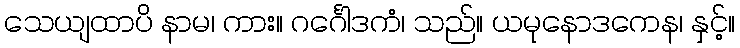
သေယျထာပိ နာမ၊ ကား။ ဂင်္ဂေါဒကံ၊ သည်။ ယမုနောဒကေန၊ နှင့်။